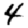
Digit: 4